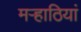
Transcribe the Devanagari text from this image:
मऱ्हाठियां